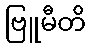
ဗြူမီတိ